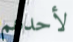
لأحدهم